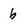
Character: 6